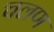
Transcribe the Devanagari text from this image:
चलण